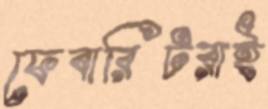
ফেবারিটরাই